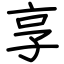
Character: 享